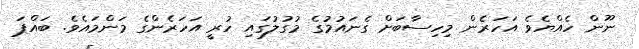
ނޫން ހެއްޔެވެ އަހަރެން މިހިސާބަށް ގެނައުމުގެ މުގުލުގައި ހުރީ އަހަރެންގެ މަންމައެވެ. ބައްޕަ